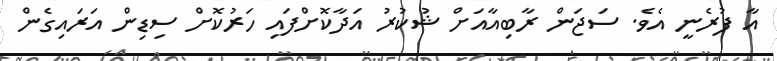
އާ ފުރެނީ އެވެ. ސަޖަން ރާބިއާއަށް ޝުކުރު އަދާކޮށްފައި ހަރުކޮށް ސިޑިން އަރައިގެން